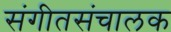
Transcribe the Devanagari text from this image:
संगीतसंचालक